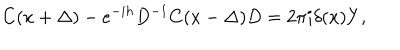
C ( x + \Delta ) - e ^ { - i h } D ^ { - 1 } C ( x - \Delta ) D = 2 \pi i \delta ( x ) Y ,